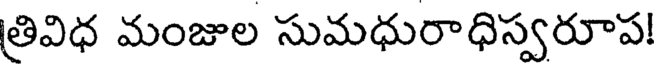
త్రివిధ మంజుల సుమధురాధిస్వరూప!